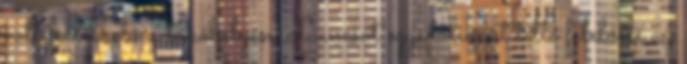
volt fellelhető a lakóhelyén. Lencsót egyedüliként tette felelőssé az